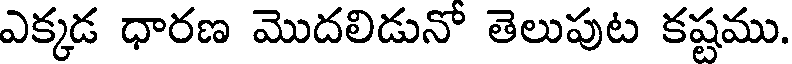
ఎక్కడ ధారణ మొదలిడునో తెలుపుట కష్టము.